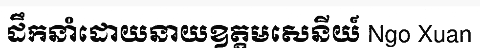
ដឹកនាំដោយនាយឧត្តមសេនីយ៍ Ngo Xuan